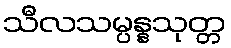
သီလသမ္ပန္နသုတ္တ